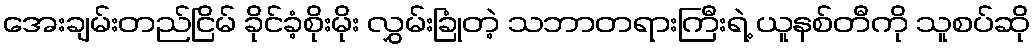
အေးချမ်းတည်ငြိမ် ခိုင်ခံ့စိုးမိုး လွှမ်းခြုံတဲ့ သဘာတရားကြီးရဲ့ ယူနစ်တီကို သူစပ်ဆို